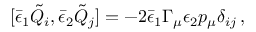
[ { \bar { \epsilon } } _ { 1 } { \tilde { Q } } _ { i } , { \bar { \epsilon } } _ { 2 } { \tilde { Q } } _ { j } ] = - 2 { \bar { \epsilon } _ { 1 } } \Gamma _ { \mu } \epsilon _ { 2 } p _ { \mu } \delta _ { i j } \, ,